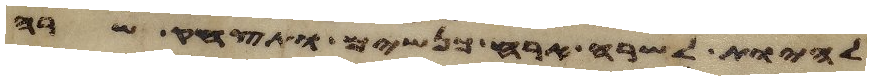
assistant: להיות לשרה ארח כנשים ותצחק שרה